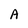
Character: A